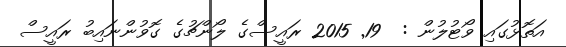
އަތޮޅުގައި ވޯޓުލުން :  19